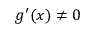
g ^ { \prime } ( x ) \neq 0